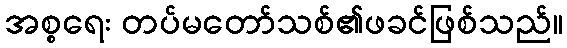
အစ္စရေး တပ်မတော်သစ်၏ဖခင်ဖြစ်သည်။